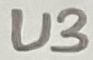
Text: U3